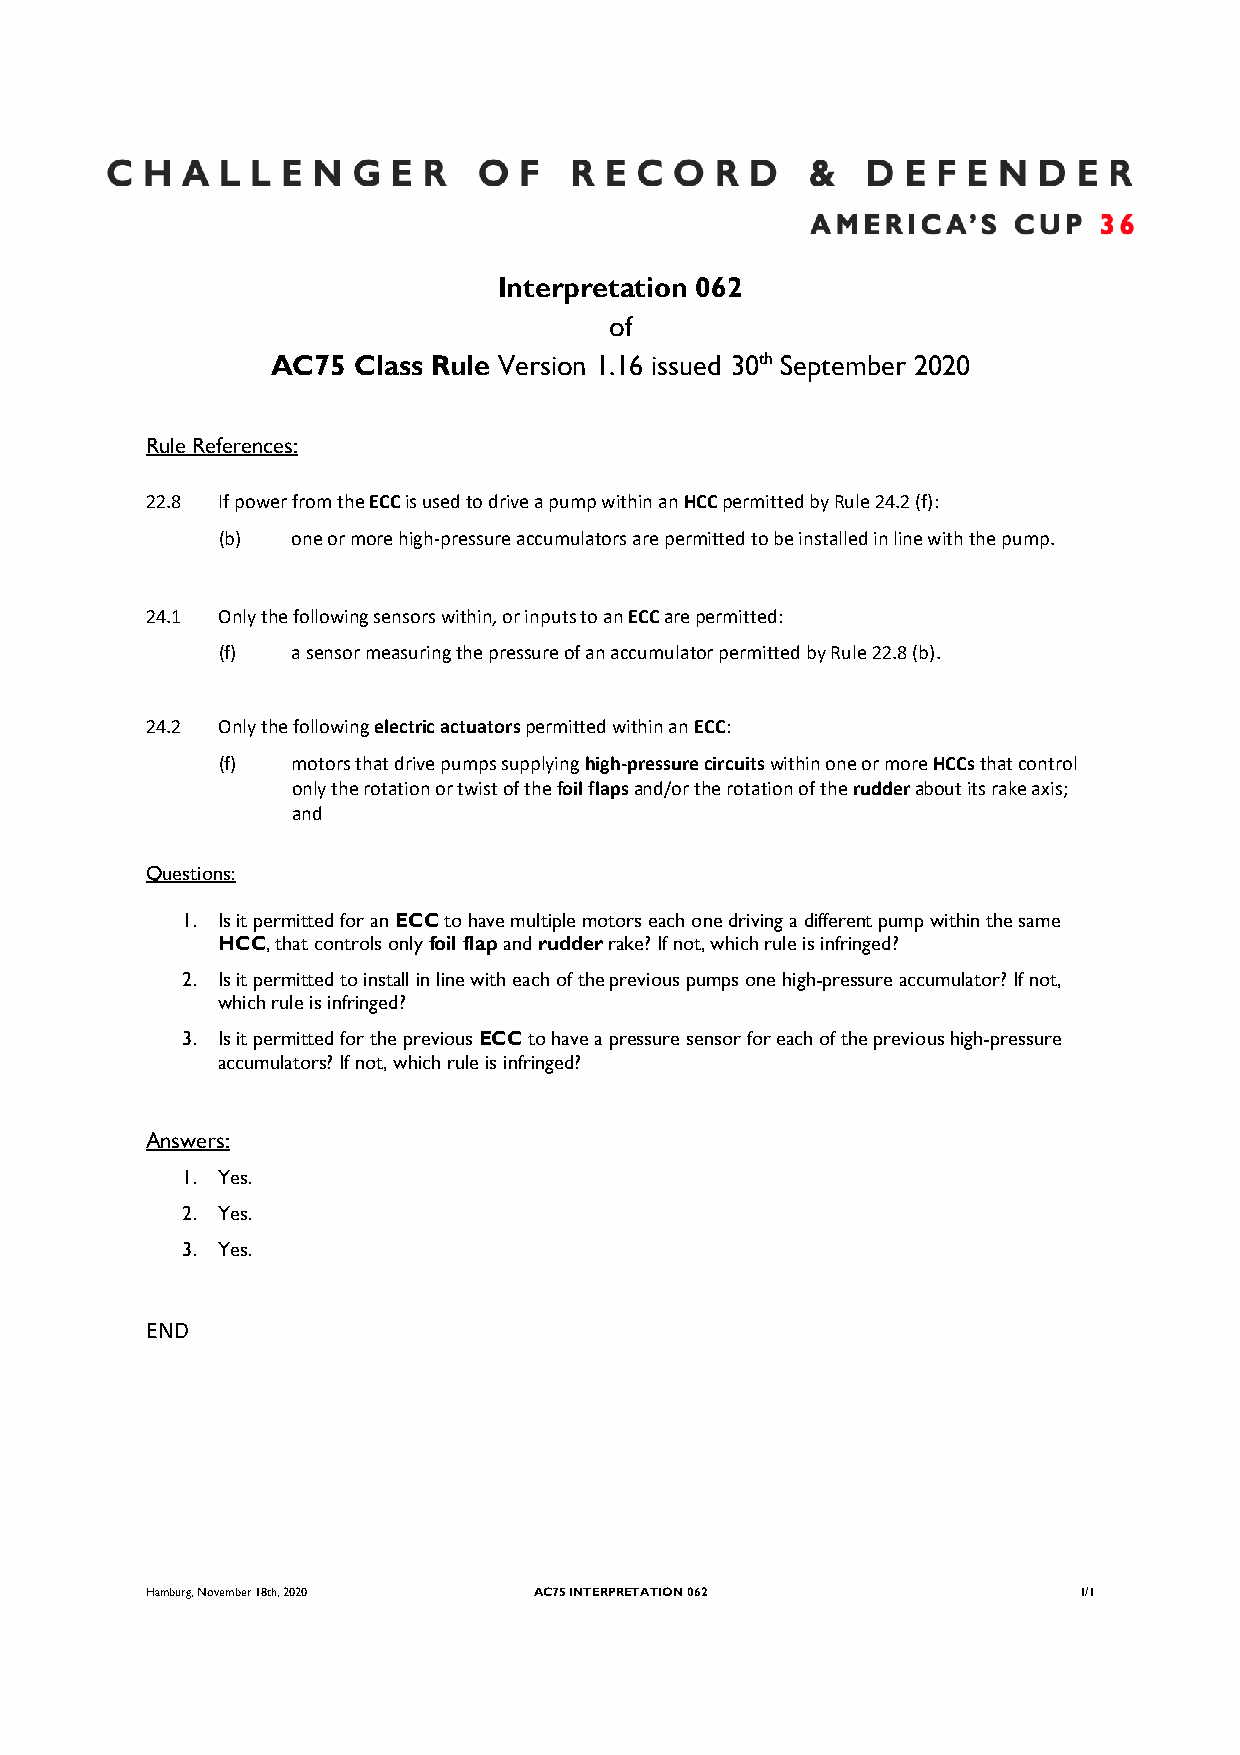
Interpretation 062
 of
 AC75 Class Rule Version 1.16 issued 30th September 2020
 Rule References:
 22.8 If power from the ECC is used to drive a pump within an HCC permitted by Rule 24.2 (f):
 (b)  one or more high-pressure accumulators are permitted to be installed in line with the pump.
 24.1 Only the following sensors within, or inputs to an ECC are permitted:
 (f)  a sensor measuring the pressure of an accumulator permitted by Rule 22.8 (b).
 24.2 Only the following electric actuators permitted within an ECC:
 (f)  motors that drive pumps supplying high-pressure circuits within one or more HCCs that control
 only the rotation or twist of the foil flaps and/or the rotation of the rudder about its rake axis;
 and
 Questions:
 1. Is it permitted for an ECC to have multiple motors each one driving a different pump within the same
 HCC, that controls only foil flap and rudder rake? If not, which rule is infringed?
 2. Is it permitted to install in line with each of the previous pumps one high-pressure accumulator? If not,
 which rule is infringed?
 3. Is it permitted for the previous ECC to have a pressure sensor for each of the previous high-pressure
 accumulators? If not, which rule is infringed?
 Answers:
 1. Yes.
 2. Yes.
 3. Yes.
 END
 Hamburg, November 18th, 2020 AC75 INTERPRETATION 062         1/1